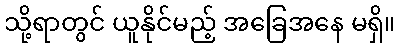
သို့ရာတွင် ယူနိုင်မည့် အခြေအနေ မရှိ။